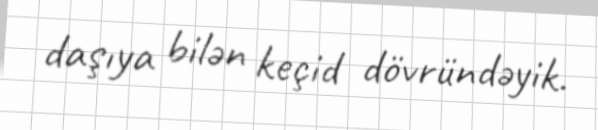
daşıya bilən keçid dövründəyik.